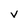
Character: V